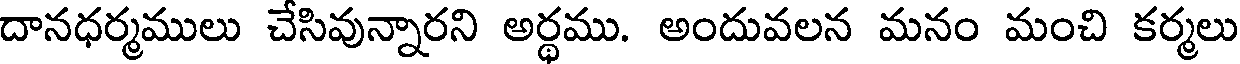
దానధర్మములు చేసివున్నారని అర్థము. అందువలన మనం మంచి కర్మలు